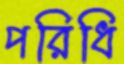
পরিধি